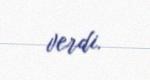
verdi.